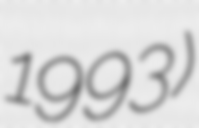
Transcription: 1993)